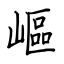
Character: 嶇